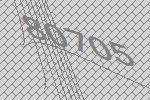
80705